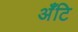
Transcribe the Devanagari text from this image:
अँटि